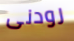
رودنى